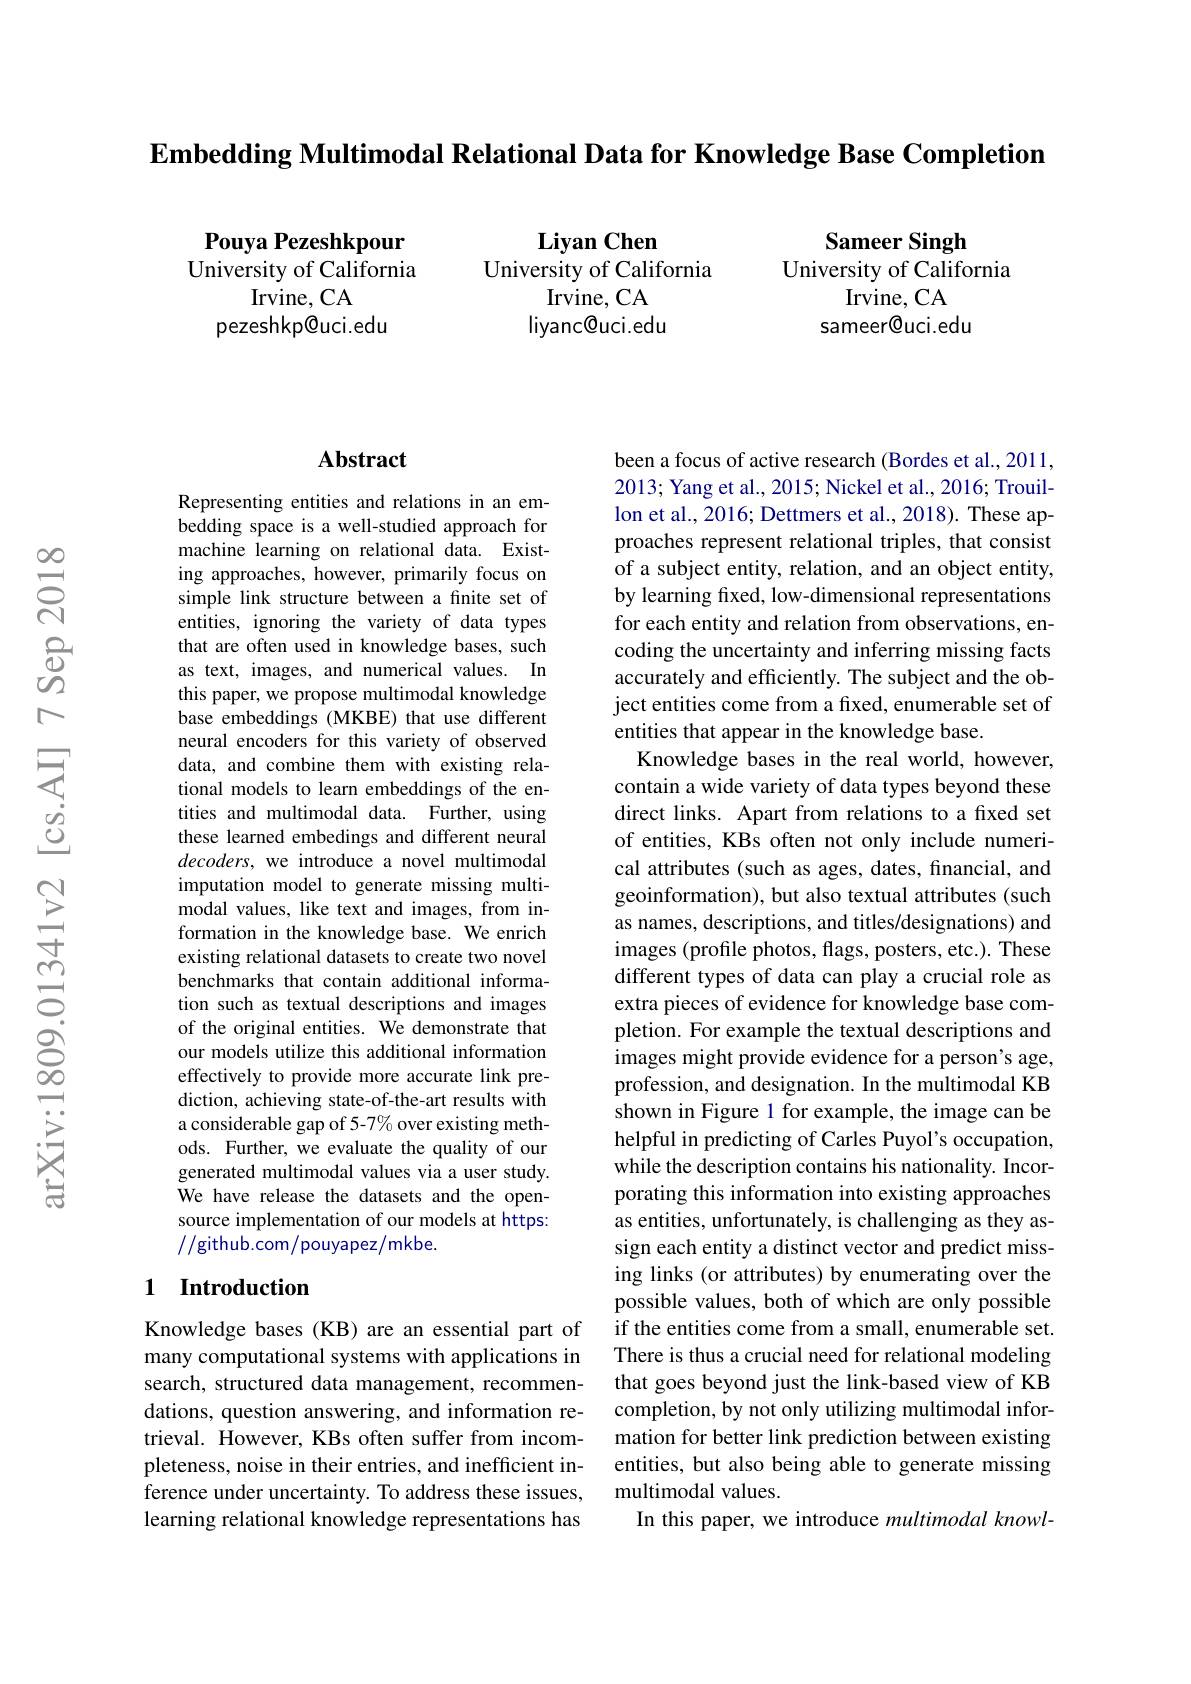
$\textbf{Embedding Multimodal Relational Data for Knowledge Base Completion}$

Pouya Pezeshkpour University of California
Irvine, CA
pezeshkp@uci.edu

$\textbf{Liyan Chen}$
University of California
Irvine, CA liyanc@uci.edu

Sameer Singh
University of California
Irvine, CA
sameer@uci.edu

### $\mathbf{Abstract}$

Representing entities and relations in an embedding space is a well-studied approach for machine learning on relational data. Existing approaches, however, primarily focus on simple link structure between a finite set of entities, ignoring the variety of data types that are often used in knowledge bases, such as text, images, and numerical values. In this paper, we propose multimodal knowledge base embeddings (MKBE) that use different neural encoders for this variety of observed data, and combine them with existing relational models to learn embeddings of the entities and multimodal data. Further, using these learned embedings and different neural decoders, we introduce a novel multimodal imputation model to generate missing multimodal values, like text and images, from information in the knowledge base. We enrich existing relational datasets to create two novel benchmarks that contain additional information such as textual descriptions and images of the original entities. We demonstrate that our models utilize this additional information effectively to provide more accurate link prediction, achieving state-of-the-art results with a considerable gap of 5-7% over existing methods. Further, we evaluate the quality of our generated multimodal values via a user study. We have release the datasets and the opensource implementation of our models at https: //github.com/pouyapez/mkbe.

## 1 Introduction

Knowledge bases (KB) are an essential part of many computational systems with applications in search, structured data management, recommendations, question answering, and information retrieval. However, KBs often suffer from incompleteness, noise in their entries, and inefficient inference under uncertainty. To address these issues, learning relational knowledge representations has

been a focus of active research (Bordes et al., 2011, 2013; Yang et al., 2015; Nickel et al., 2016; Trouillon et al., 2016; Dettmers et al., 2018). These approaches represent relational triples, that consist of a subject entity, relation, and an object entity, by learning fixed, low-dimensional representations for each entity and relation from observations, encoding the uncertainty and inferring missing facts accurately and efficiently. The subject and the object entities come from a from a fixed, enumerable set of entities that appear in the knowledge base.
Knowledge bases in the real world, however, contain a wide variety of data types beyond these direct links. Apart from relations to a fixed set of entities, KBs often not only include numerical attributes (such as ages, dates, financial, and geoinformation), but also textual attributes (such as names, descriptions, and titles/designations) and images (profile photos, flags, posters, etc.). These different types of data can play a crucial role as extra pieces of evidence for knowledge base completion. For example the textual descriptions and images might provide evidence for a person's age, profession, and designation. In the multimodal KB shown in Figure 1 for example, the image can be helpful in predicting of Carles Puyol's occupation, while the description contains his nationality. Incorporating this information into existing approaches as entities, unfortunately, is challenging as they assign each entity a distinct vector and predict missing links (or attributes) by enumerating over the possible values, both of which are only possible if the entities come from a small, enumerable set. There is thus a crucial need for relational modeling that goes beyond just the link-based view of KB completion, by not only utilizing multimodal information for better link prediction between existing entities, but also being able to generate missing multimodal values.
In this paper, we introduce multimodal knowl-